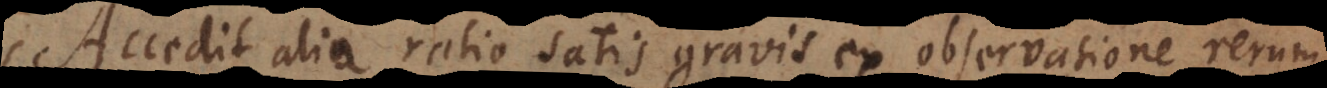
Accedit alia ratio satis gravis, ex observatione rerum